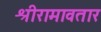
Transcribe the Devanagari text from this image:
श्रीरामावतार